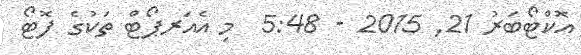
އޮކްޓޯބަރު 21